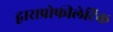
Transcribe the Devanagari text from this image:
द्वाराप्रोफीलेटिक